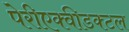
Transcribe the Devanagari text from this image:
पेरीएक्वीडक्टल